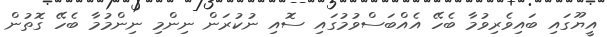
އީޔޫގައި ބައިވެރިވުމާ ބެހޭ އެއްބަސްވުމުގައި ސޮއި ނުކުރަން ނިންމި ނިންމުމާ ބެހޭ ގޮތުން